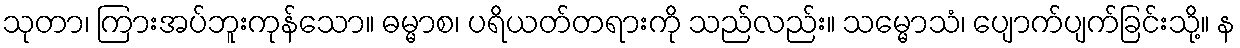
သုတာ၊ ကြားအပ်ဘူးကုန်သော။ ဓမ္မာစ၊ ပရိယတ်တရားကို သည်လည်း။ သမ္မောသံ၊ ပျောက်ပျက်ခြင်းသို့။ န